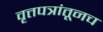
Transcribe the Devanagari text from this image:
वृत्तपत्रांतूनच